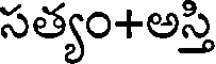
సత్యం+అస్తి